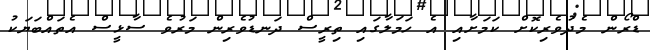
ޑްރޯން މެދުވެރިކޮށް ކަމަށާއި އެ ހަމަލާގައި ތިރީސް ދަނޑުވެރިން މަރުވެ ސާޅީސް އެތައްބަޔަކު